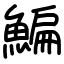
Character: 鯿